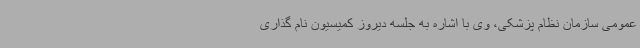
عمومی سازمان نظام پزشکی، وی با اشاره به جلسه دیروز کمیسیون نام گذاری